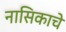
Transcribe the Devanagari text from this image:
नासिकाचे